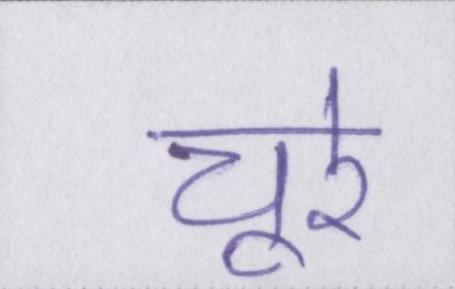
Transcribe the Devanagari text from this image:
चूरे